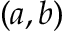
( a , b )